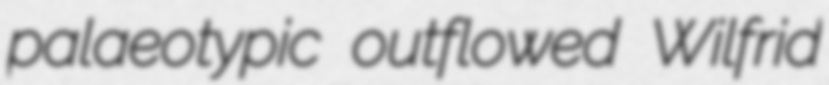
palaeotypic outflowed Wilfrid